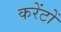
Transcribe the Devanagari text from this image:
करेंटों